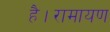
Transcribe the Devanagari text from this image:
है।रामायण